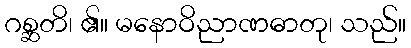
ဂစ္ဆတိ၊ ၏။ မနောဝိညာဏဓာတု၊ သည်။